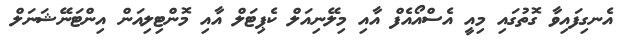
އެނގިފައިވާ ގޮތުގައި މިއީ އެސްއޯއެފް އާއި މިލޭނިއަލް ކެޕިޓަލް އާއި މޮންޓިލިއަން އިންޓަނޭޝަނަލް